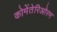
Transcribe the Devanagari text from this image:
कोमेंतेरिओरम